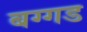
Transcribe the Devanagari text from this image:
बग्‍गड